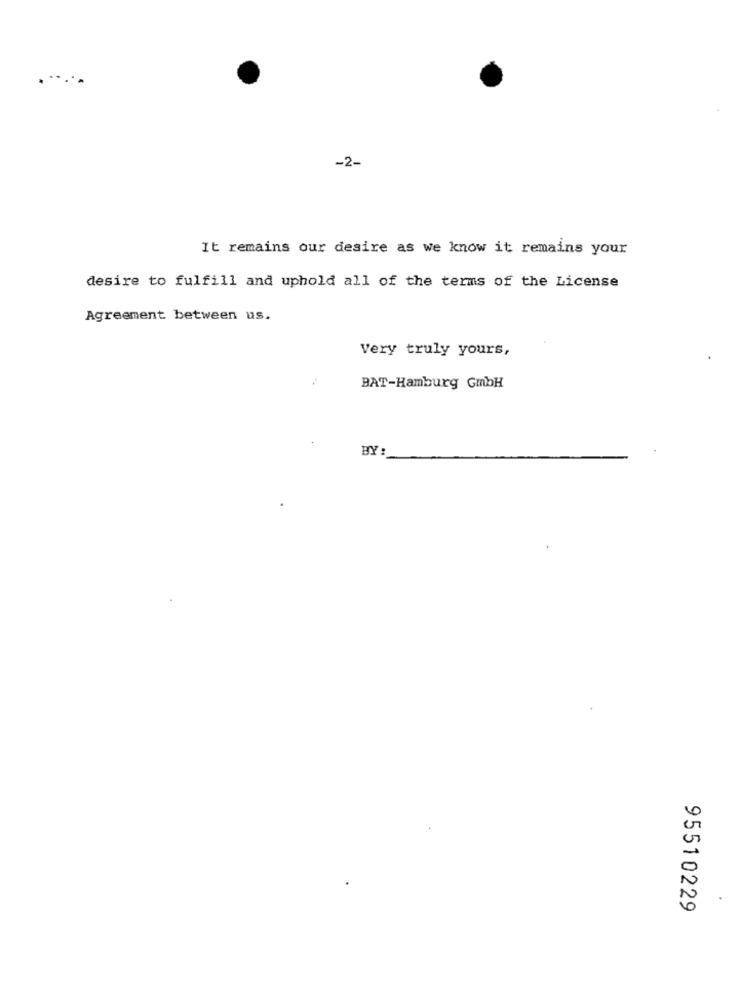
-2-
It remains our desire as we know it remains your
desire to fulfill and uphold all of the terms of the License
Agreement between us.
Very truly yours,
BAT-Hamburg GmbH
BY:
95510229